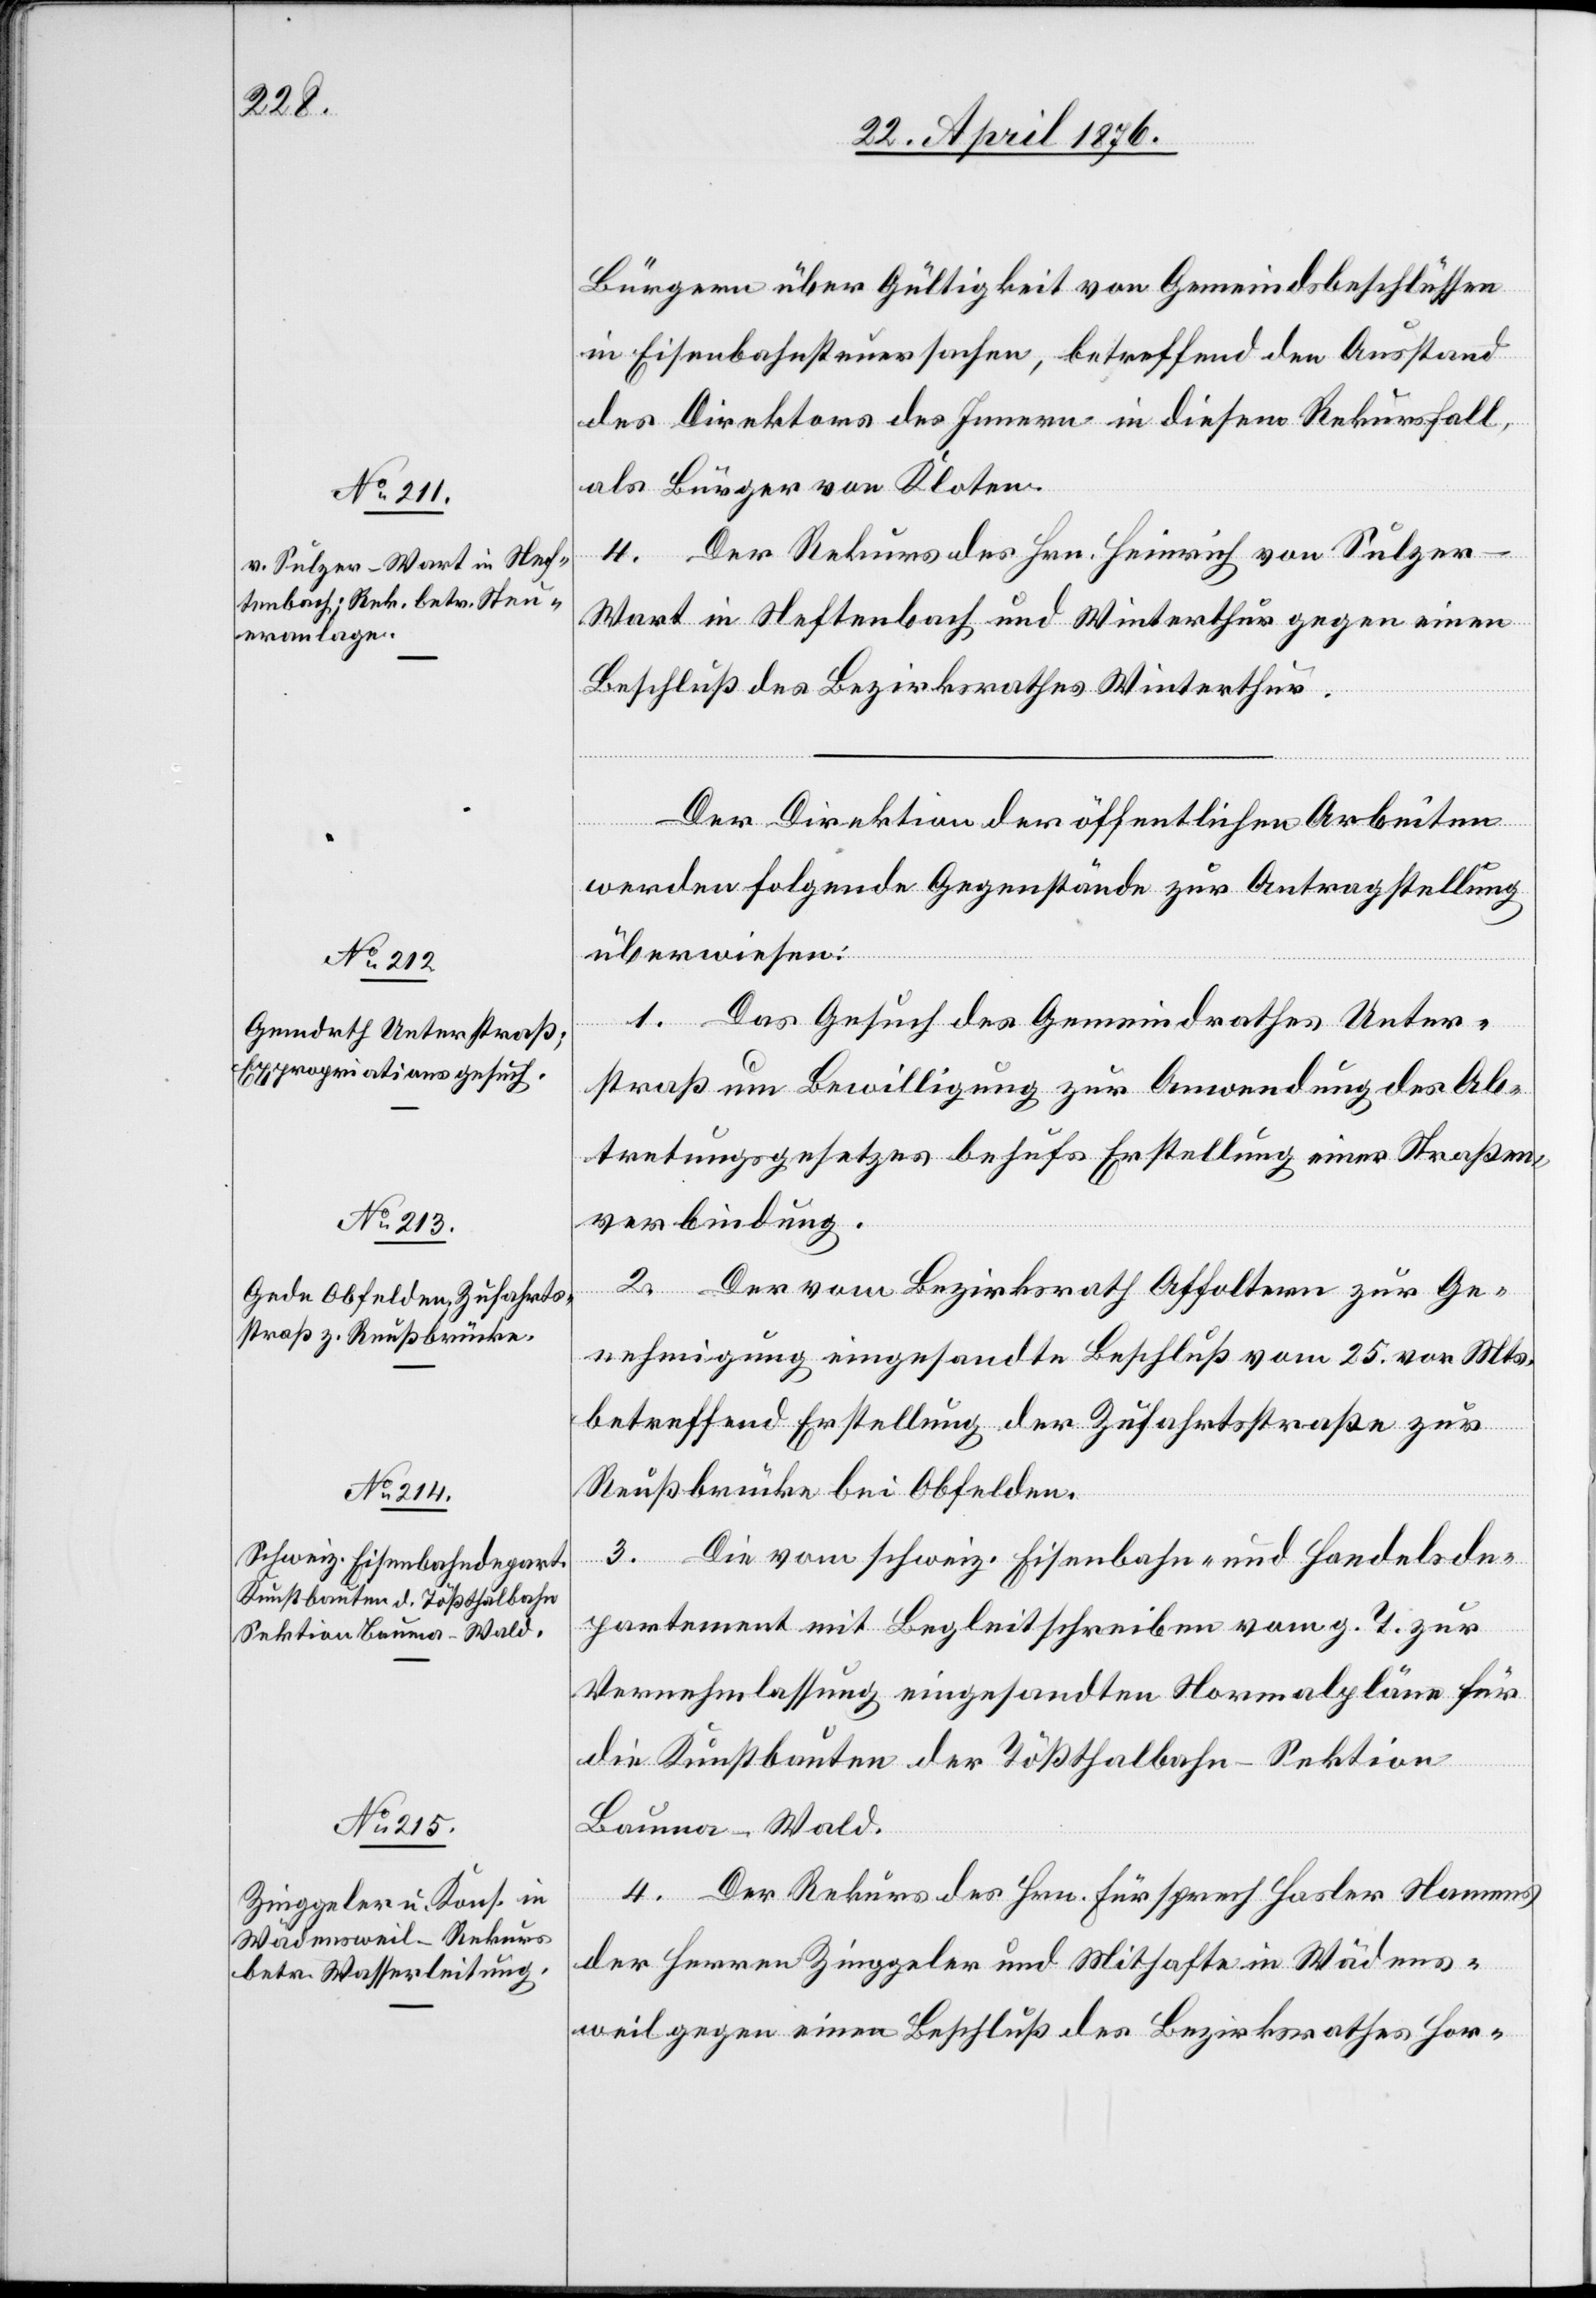
26. April 1876.]
Bürgern über Gültigkeit von Gemeindsbeschlüssen
in Eisenbahnsachen, betreffend des Ausstand
des Direktors des Innern in diesem Rekursfall,
als Bürger von Kloten.
4. Der Rekurs des Hrn. Heinrich von Sulze¬
r-Wart in Neftenbach und Winterthur gegen einen
Beschluß des Bezirksrathes Winterthur.
Der Direktion der öffentlichen Arbeiten
werden folgende Gegenstände zur Antragstellung
überwiesen:
1. Das Gesuch des Gemeindrathes Unter¬
straß um Bewilligung zur Anwendung des Ab¬
tretungsgesetzes behufs Erstellung einer Straßen¬
verbindung.
2. Der vom Bezirksrath Affoltern zur Ge¬
nehmigung eingesandte Beschluß vom 25. vor. Mts.
betreffend Erstellung der Zufahrtsstraße zur
Reußbrücke bei Obfelden.
3. Die vom schweiz. Eisenbahn- und Handelsde¬
partement mit Begleitschreiben vom g. T. zur
Vernehmlassung eingesandten Normalpläne für
die Kunstbauten der Tößthalbahn-Sektion
Bauma–Wald.
4. Der Rekurs des Hrn. Fürsprech Halser Namens
der Herren Zinggeler und Mithafte in Wädens¬
weil gegen einen Beschluß des Bezirksrathes Hor-